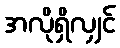
အလိုရှိလျှင်